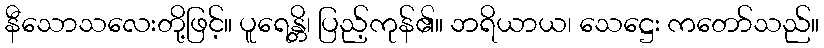
နီသောသလေးတို့ဖြင့်။ ပူရေန္တိ၊ ပြည့်ကုန်၏။ ဘရိယာယ၊ သေဋ္ဌေး ကတော်သည်။